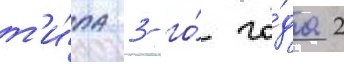
т'и́па 3-го́ го́да 2